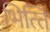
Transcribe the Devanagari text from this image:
भित्‍ति